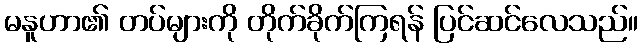
မနူဟာ၏ တပ်များကို တိုက်ခိုက်ကြရန် ပြင်ဆင်လေသည်။